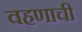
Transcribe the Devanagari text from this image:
वहणाची